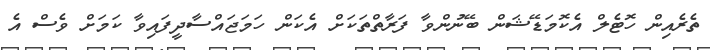
ތެރެއިން ހޮޓެލް އެކޮމަޑޭޝަން ބޭނުންވާ ފަރާތްތަކަށް އެކަން ހަމަޖައްސާދީފައިވާ ކަމަށް ވެސް އެ